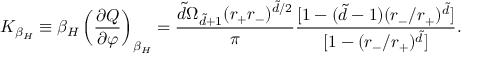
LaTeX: K _ { \beta _ { H } } \equiv \beta _ { H } \left( \frac { \partial Q } { \partial \varphi } \right) _ { \beta _ { H } } = \frac { \tilde { d } \Omega _ { \tilde { d } + 1 } ( r _ { + } r _ { - } ) ^ { \tilde { d } / 2 } } { \pi } \frac { [ 1 - ( \tilde { d } - 1 ) ( r _ { - } / r _ { + } ) ^ { \tilde { d } } ] } { [ 1 - ( r _ { - } / r _ { + } ) ^ { \tilde { d } } ] } .